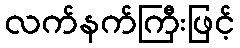
လက်နက်ကြီးဖြင့်